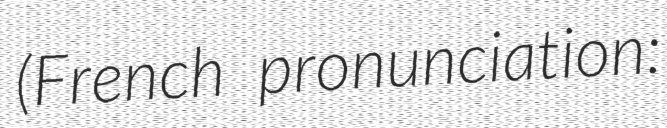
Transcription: (French pronunciation: